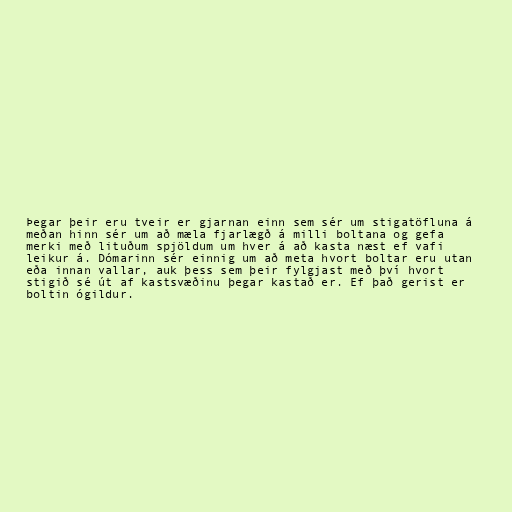
Þegar þeir eru tveir er gjarnan einn sem sér um stigatöfluna á
meðan hinn sér um að mæla fjarlægð á milli boltana og gefa
merki með lituðum spjöldum um hver á að kasta næst ef vafi
leikur á. Dómarinn sér einnig um að meta hvort boltar eru utan
eða innan vallar, auk þess sem þeir fylgjast með því hvort
stigið sé út af kastsvæðinu þegar kastað er. Ef það gerist er
boltin ógildur.